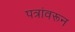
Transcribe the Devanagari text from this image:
पत्रांवरून